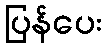
ပြန်ပေး